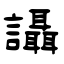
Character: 讘